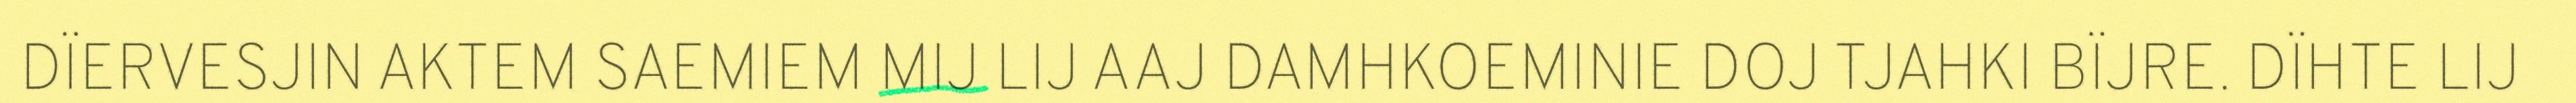
DÏERVESJIN AKTEM SAEMIEM MIJ LIJ AAJ DAMHKOEMINIE DOJ TJAHKI BÏJRE. DÏHTE LIJ